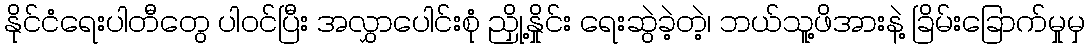
နိုင်ငံရေးပါတီတွေ ပါဝင်ပြီး အလွှာပေါင်းစုံ ညှို့နှိုင်း ရေးဆွဲခဲ့တဲ့၊ ဘယ်သူ့ဖိအားနဲ့ ခြိမ်းခြောက်မှုမှ